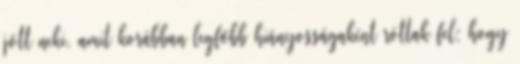
jött neki, amit korábban legfőbb hiányosságaként róttak fel: hogy